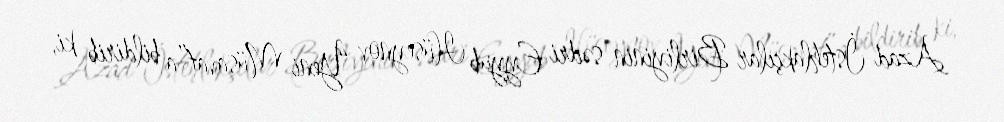
Azad İstehlakçılar Birliyinin sədri Eyyub Hüseynov “Yeni Müsavat”a bildirib ki,